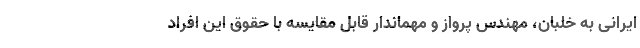
ایرانی به خلبان، مهندس پرواز و مهماندار قابل مقایسه با حقوق این افراد